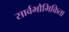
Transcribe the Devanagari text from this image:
सार्वभौमिकिता